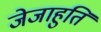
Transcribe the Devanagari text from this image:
जेजाहुति